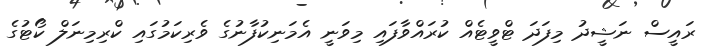
ރައީސް ނަޝީދު މިފަދަ ޓްވީޓެއް ކުރައްވާފައި މިވަނީ އެމަނިކުފާނުގެ ވެރިކަމުގައި ކްރިމިނަލް ކޯޓުގެ